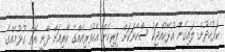
ކަޅުހެދުން ލައިގެން އުޅޭކުއްޖަކު ސްކޭނަކަށް ފިރިހެން އެކުވެރިއެއްގެ ކާރިއަށް ދާނީ އޮތް ގުޅުމެއްގެ